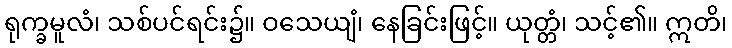
ရုက္ခမူလံ၊ သစ်ပင်ရင်း၌။ ဝသေယျံ၊ နေခြင်းဖြင့်။ ယုတ္တံ၊ သင့်၏။ ဣတိ၊